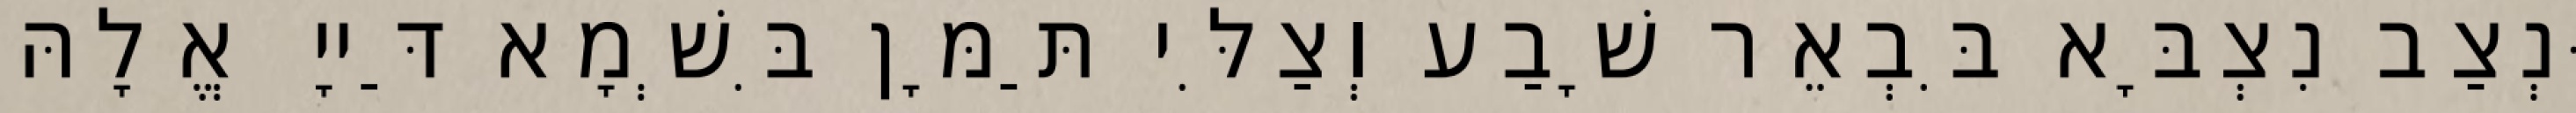
וּנְצַב נִצְבָּא בִּבְאֵר שָׁבַע וְצַלִּי תַּמָּן בִּשְׁמָא דַּייָ אֱלָהּ